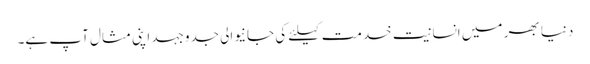
دنیا بھر میں انسانیت خدمت کیلئے کی جانیوالی جدوجہد اپنی مثال آپ ہے۔